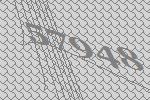
57948